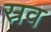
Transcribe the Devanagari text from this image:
स्रव